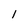
Character: 1